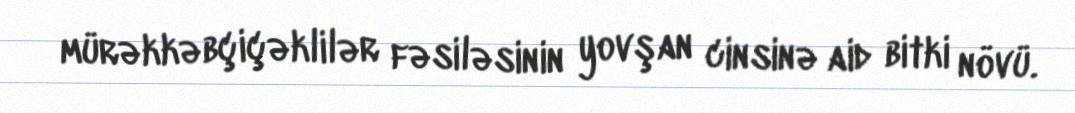
mürəkkəbçiçəklilər fəsiləsinin yovşan cinsinə aid bitki növü.